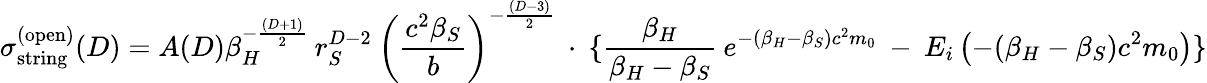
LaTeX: \sigma_{\mathrm{string}}^{(\mathrm{open})}(D)=A(D)\beta_{H}^{-\frac{(D+1)}{2}}\: r_{S}^{D-2}\: \left(\frac{c^{2}\beta_{S}}{b}\right)^{-\frac{(D-3)}{2}}\: \cdot\: \lbrace\frac{\beta_{H}}{\beta_{H}-\beta_{S}}\: e^{-(\beta_{H}-\beta_{S})c^{2}m_{0}}\: -\: E_{i}\left(-(\beta_{H}-\beta_{S})c^{2}m_{0}\right)\rbrace